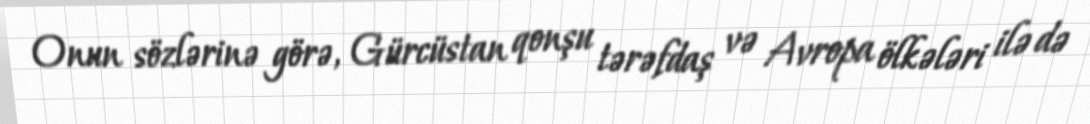
Onun sözlərinə görə, Gürcüstan qonşu tərəfdaş və Avropa ölkələri ilə də